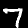
Label: 7